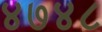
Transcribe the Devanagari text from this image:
४७४८